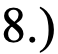
8.)